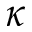
\kappa